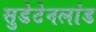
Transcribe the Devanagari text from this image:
सुडेटेनलांड